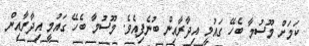
ކަމަށް މޫސުމާ ބެހޭ ގައުމީ އިދާރާއިން ބުނެފިއެވެ. މޫސުމާ ބެހޭ ގައުމީ އިދާރާއިން